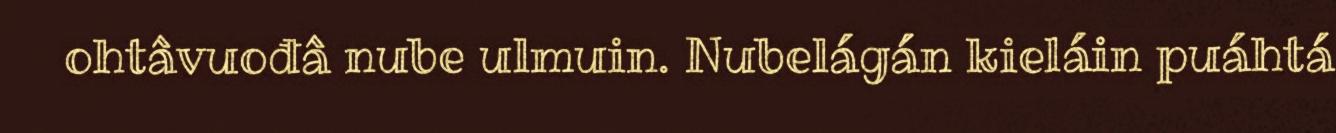
ohtâvuođâ nube ulmuin. Nubelágán kieláin puáhtá